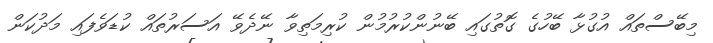
މިބޭސްތައް އުގުޅާ ބޭހުގެ ގޮތުގައި ބޭނުންކުރުމުން ކުރިމަތިވާ ނޭދެވޭ އަސަރުތައް ކުޑަވެފައި މަދުކަން